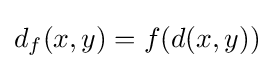
d_{f}(x,y)=f(d(x,y))